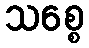
သစ္စေ